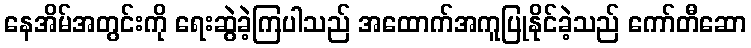
နေအိမ်အတွင်းကို ရေးဆွဲခဲ့ကြပါသည် အထောက်အကူပြုနိုင်ခဲ့သည် ကော်တီဆော